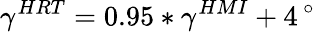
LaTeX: \gamma^{HRT}=0.95\ast\gamma^{HMI}+4\, ^{\circ}